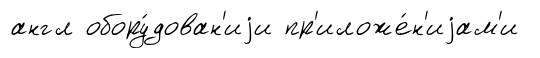
англ обору́дован'иjи пр'иложе́н'иjам'и